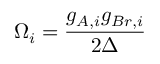
\Omega _ { i } = \frac { g _ { A , i } g _ { B r , i } } { 2 \Delta }